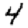
Digit: 4